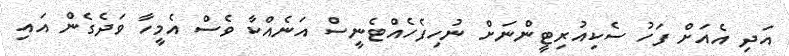
އަދި އެއަށް ފަހު ސެކިއުރިޓީންނަށް ނުހިފެހެއްޓެނީސް އަނެއްކާ ވެސް އެމީހާ ވަދެގެން އައި